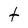
Character: t